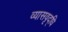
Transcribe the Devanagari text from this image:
व्यासवृद्धि